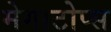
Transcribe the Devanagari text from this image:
मेगाटोप्स